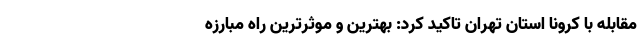
مقابله با کرونا استان تهران تاکید کرد: بهترین و موثرترین راه مبارزه